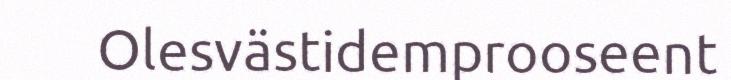
Olesvästidemprooseent